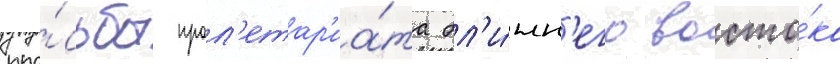
про́сьбы прол'етар'иа́та бл'и́жн'его восто́ка